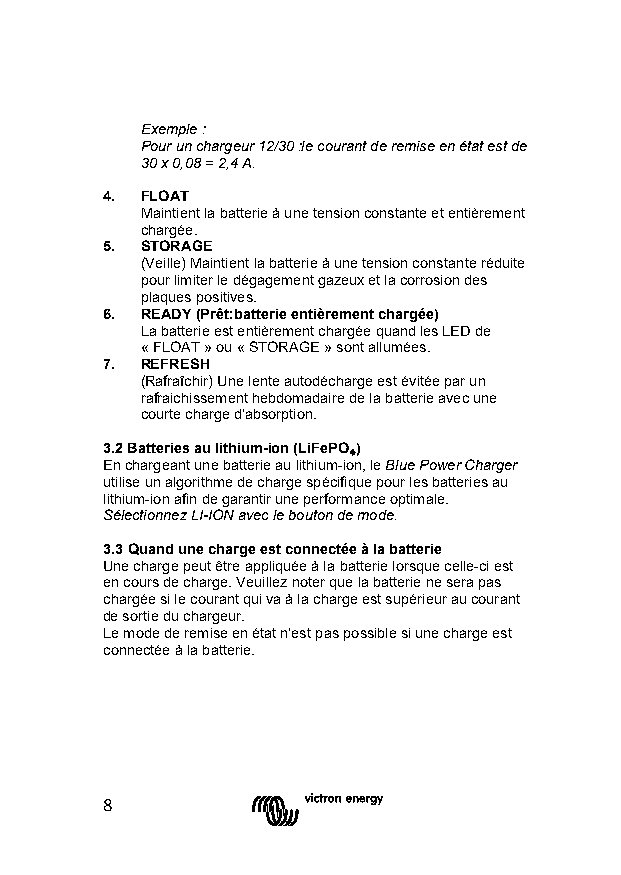
Exemple :
 Pour un chargeur 12/30 :le courant de remise en état est de
 30 x 0,08 = 2,4 A.
 4. FLOAT
 Maintient la batterie à une tension constante et entièrement
 chargée.
 5. STORAGE
 (Veille) Maintient la batterie à une tension constante réduite
 pour limiter le dégagement gazeux et la corrosion des
 plaques positives.
 6. READY (Prêt:batterie entièrement chargée)
 La batterie est entièrement chargée quand les LED de
 « FLOAT » ou « STORAGE » sont allumées.
 7. REFRESH
 (Rafraîchir) Une lente autodécharge est évitée par un
 rafraichissement hebdomadaire de la batterie avec une
 courte charge d'absorption.
 3.2 Batteries au lithium-ion (LiFePO)
 En chargeant une batterie au lithium-ion, le Blue Power Charger
 utilise un algorithme de charge spécifiq₄ue pour les batteries au
 lithium-ion afin de garantir une performance optimale.
 Sélectionnez LI-ION avec le bouton de mode.
 3.3 Quand une charge est connectée à la batterie
 Une charge peut être appliquée à la batterie lorsque celle-ci est
 en cours de charge. Veuillez noter que la batterie ne sera pas
 chargée si le courant qui va à la charge est supérieur au courant
 de sortie du chargeur.
 Le mode de remise en état n'est pas possible si une charge est
 connectée à la batterie.
 8